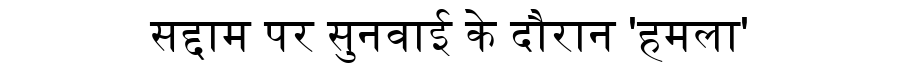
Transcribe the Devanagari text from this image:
सद्दाम पर सुनवाई के दौरान 'हमला'